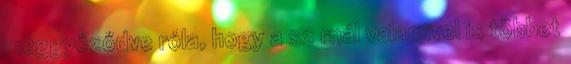
meggyőződve róla, hogy a sz rnál valamivel is többet